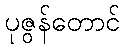
ပုဇွန်တောင်